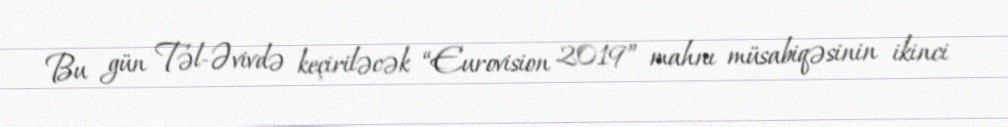
Bu gün Təl-Əvivdə keçiriləcək “Eurovision 2019” mahnı müsabiqəsinin ikinci